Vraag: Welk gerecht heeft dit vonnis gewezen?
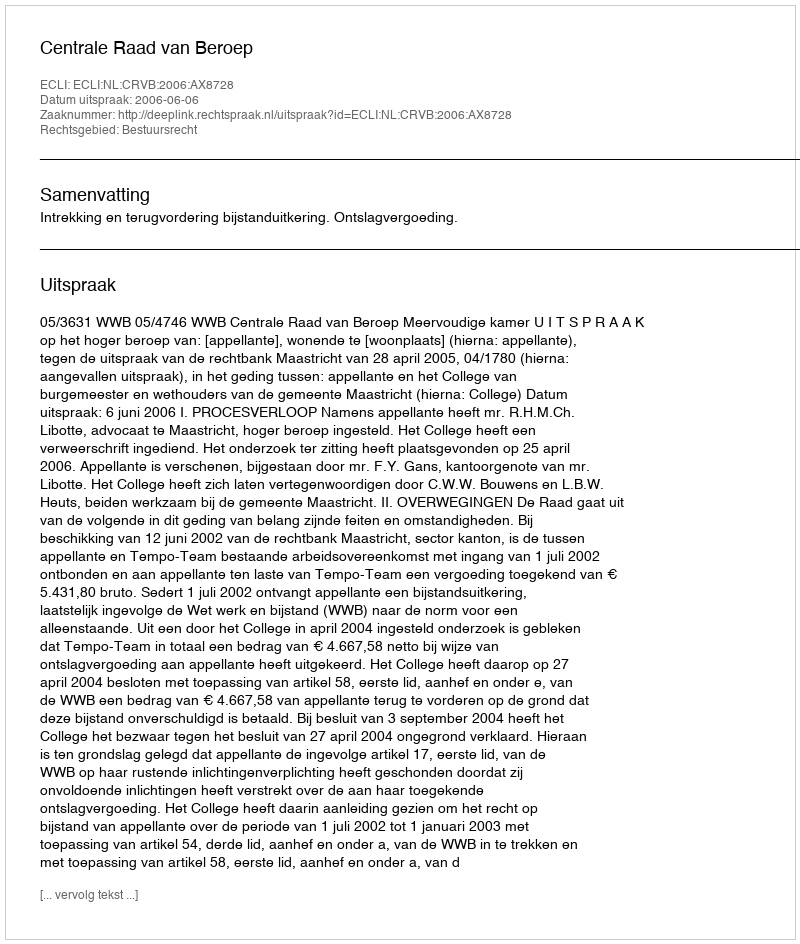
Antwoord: Centrale Raad van Beroep